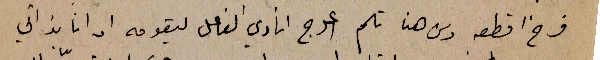
فرخ اقطعه ومن هنا تلم اعوج انادي الفاعل ليقومه او انا بذاتي